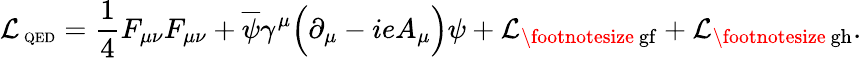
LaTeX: {\cal L}_{\mathrm{\scriptsize~QED}}=\frac{1}{4}F_{\mu\nu}F_{\mu\nu}+\overline{{{\psi}}}\gamma^{\mu}\Big(\partial_{\mu}-ieA_{\mu}\Big)\psi+{\cal L}_{\mathrm{\footnotesize~gf}}+{\cal L}_{\mathrm{\footnotesize~gh}}.